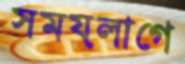
সময়লাগে